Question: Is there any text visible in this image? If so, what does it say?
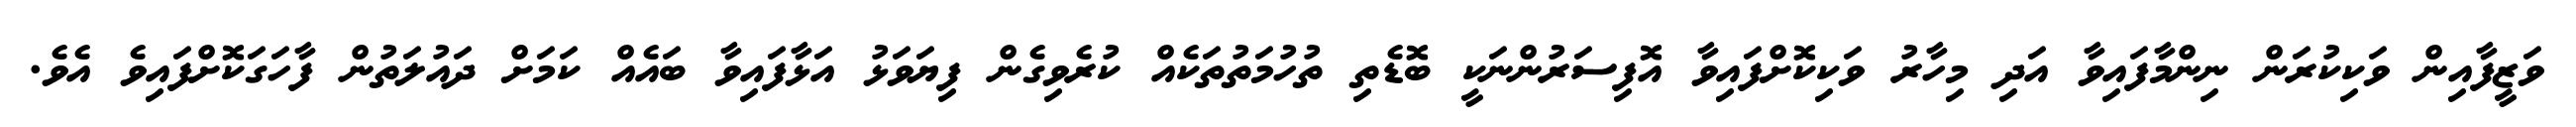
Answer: ވަޒީފާއިން ވަކިކުރަން ނިންމާފައިވާ އަދި މިހާރު ވަކިކޮށްފައިވާ އޮފިސަރުންނަކީ ބޮޑެތި ތުހުމަތުތަކެއް ކުރެވިގެން ފިޔަވަޅު އަޅާފައިވާ ބައެއް ކަމަށް ދައުލަތުން ފާހަގަކޮށްފައިވެ އެވެ.